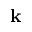
\mathbf { k }